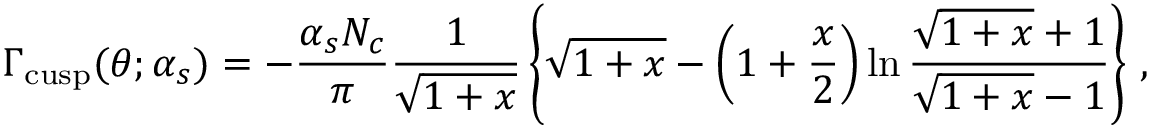
{ \mit \Gamma } _ { \mathrm { c u s p } } ( \theta ; \alpha _ { s } ) = - \frac { \alpha _ { s } N _ { c } } { \pi } \frac { 1 } { \sqrt { 1 + x } } \left\{ \sqrt { 1 + x } - \left( 1 + \frac { x } { 2 } \right) \ln \frac { \sqrt { 1 + x } + 1 } { \sqrt { 1 + x } - 1 } \right\} \, ,